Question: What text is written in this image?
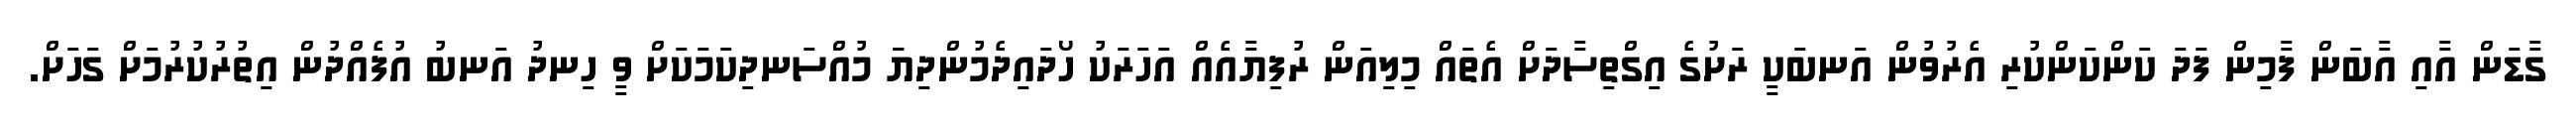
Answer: ގާޑަން އާއި އާބަން ފާމިން ފަދަ ކަންކަންކުރި އެރުވުން އަނބަކީ ރަށުގެ އިގްތިސާދަށް އެތައް މިލިއަން ރުފިޔާއެއް އަހަރަކު ހޯދައިދެމުންދިޔަަ މުއްސަނދިކަމަކަށް ވީ ހިނދު އަނބު އުފެއްދުން އިތުރުކުރުމަށް ގަހަށް.